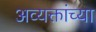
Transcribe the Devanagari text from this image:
अव्यक्तांच्या